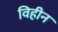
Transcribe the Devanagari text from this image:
विहीन